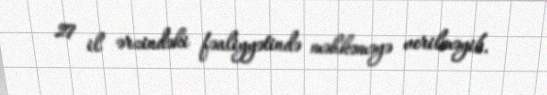
27 il ərzindəki fəaliyyətində məhkəməyə verilməyib.